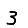
Digit: 3